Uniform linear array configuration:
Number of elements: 16
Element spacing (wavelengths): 0.5
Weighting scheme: blackman
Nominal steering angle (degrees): -45
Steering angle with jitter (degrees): -46.682
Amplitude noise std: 0.05
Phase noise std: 0.05

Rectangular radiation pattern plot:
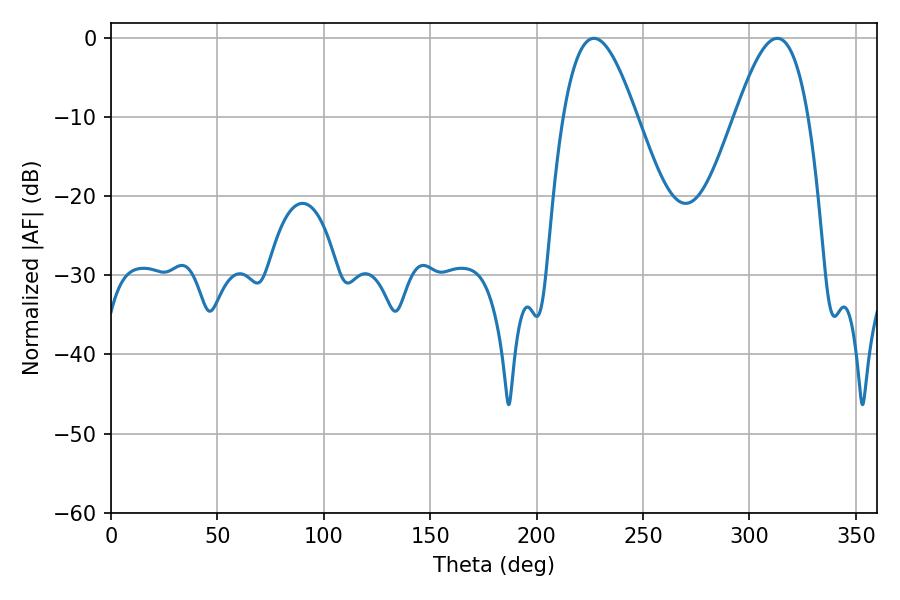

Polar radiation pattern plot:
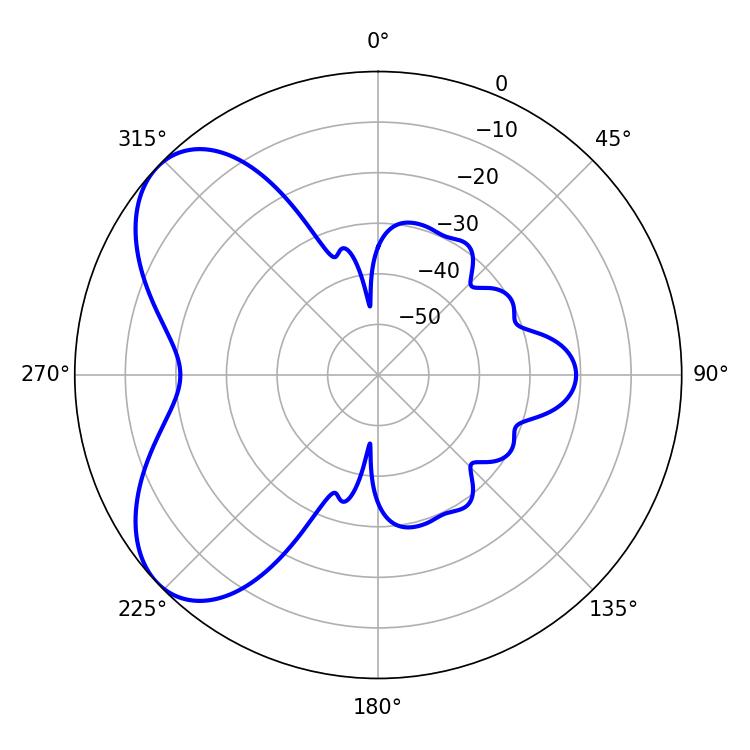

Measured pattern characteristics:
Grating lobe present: FALSE
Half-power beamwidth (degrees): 18.54
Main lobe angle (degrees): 226.98